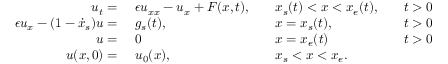
\begin{array} { r l r l r l } { u _ { t } = \ } & { \epsilon u _ { x x } - u _ { x } + F ( x , t ) , } & & { x _ { s } ( t ) < x < x _ { e } ( t ) , } & & { t > 0 } \\ { \epsilon u _ { x } - ( 1 - \dot { x } _ { s } ) u = \ } & { g _ { s } ( t ) , } & & { x = x _ { s } ( t ) , } & & { t > 0 } \\ { u = \ } & { 0 } & & { x = x _ { e } ( t ) } & & { t > 0 } \\ { u ( x , 0 ) = \ } & { u _ { 0 } ( x ) , } & & { x _ { s } < x < x _ { e } . } \end{array}